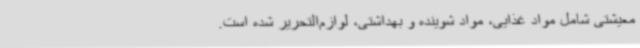
معیشتی شامل مواد غذایی، مواد شوینده و بهداشتی، لوازم‌التحریر شده است.